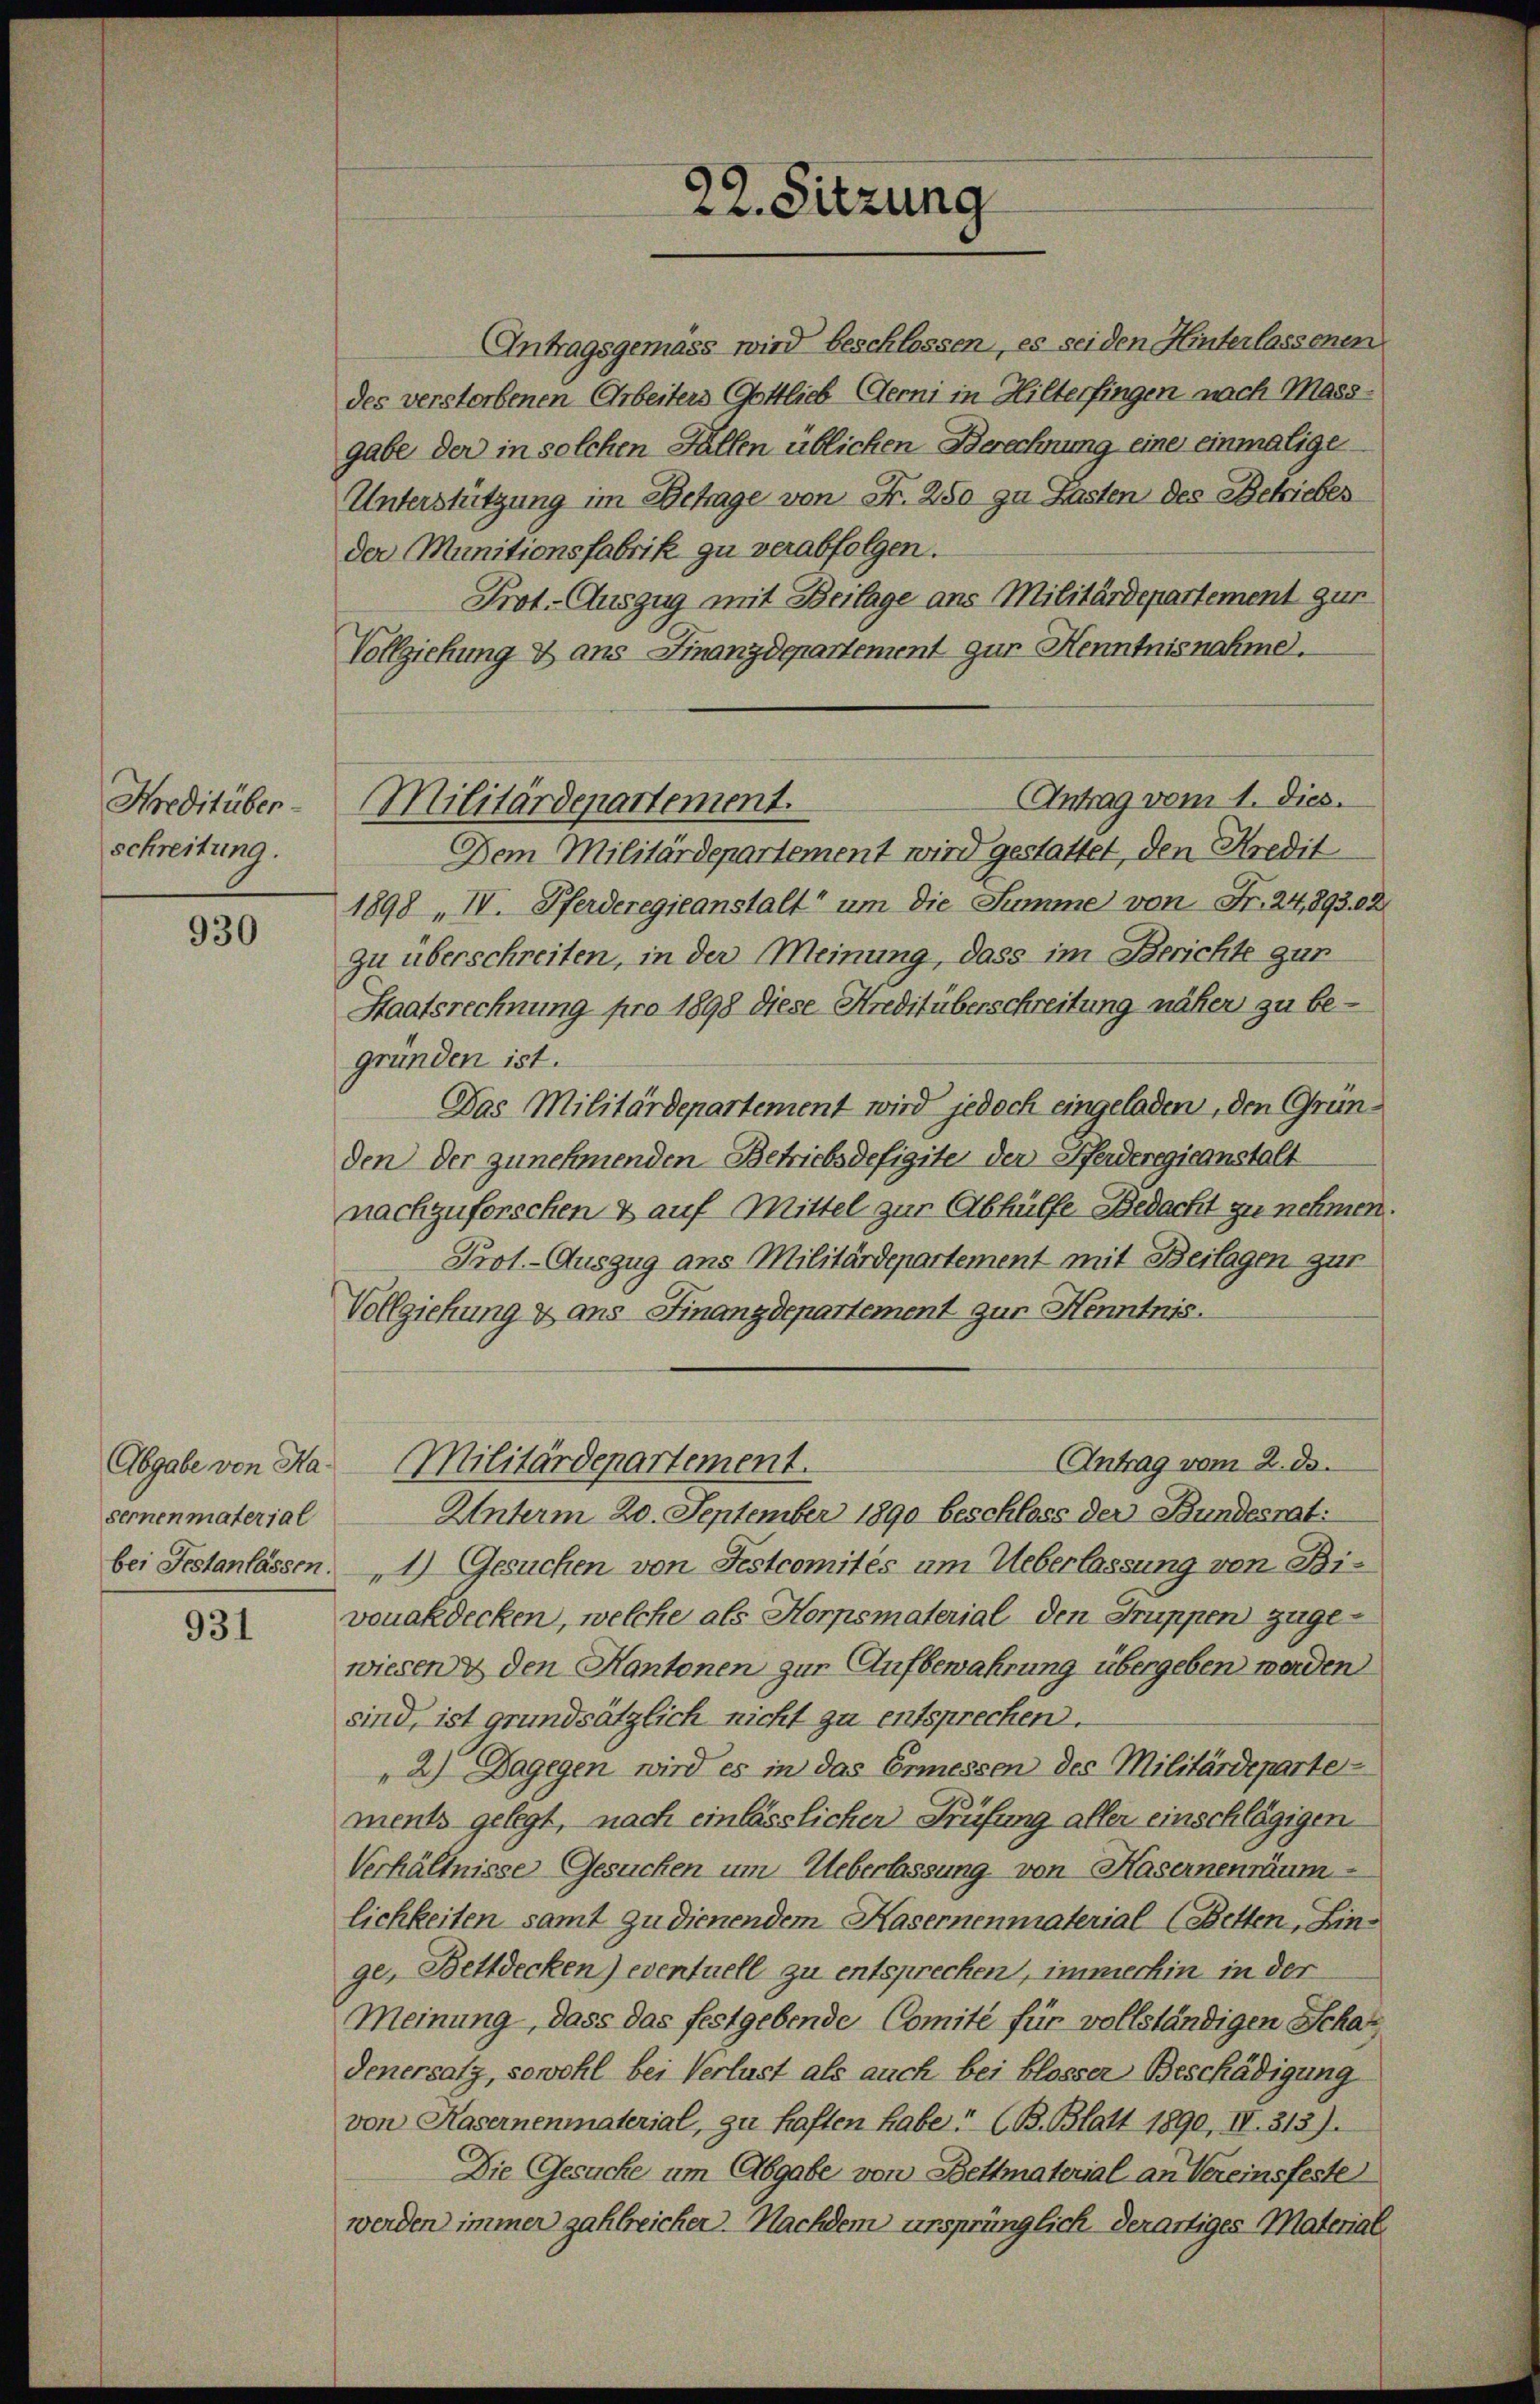
Hreditüber-
schreitung.

930

Abgabe von Hasernenmaterial

931

22. Sitzung

Antragsgemäss wird beschlossen, es sei den Hinterlassenen
des verstorbenen Arbeiters Gottlieb (Gerni in Hilterfingen nach Mass-
gabe der in solchen Fallen üblichen Berechnung eine einmalige
Unterstützung im Betrage von Fr. 250 zu Lasten des Betriebes
der Munitionsfabrik zu verabfolgen.
Prot. Auszug mit Beilage ans Militärdepartement gun
Vollziehung & ans Finanzdepartement zur Kenntnisnahme.
Dem Militärdepartement wird gestattet, den Kredit
1898 „IV. Pferderegieanstalt um die Summe von Fr. 24,893. 2
zu überschreiten, in der Meinung, dass im Berichte gun
Staatsrechnung pro 1898 diese Kreditüberschreitung näher zu begründen ist.
Das Militärdepartement wird jedoch eingeladen, den Gründen der zunehmenden Betriebsdefigite der Pferderegieanstalt
nachzuforschen & auf Mittel zur Abhülfe Bedacht zu nehmen.
Prot. - Auszug ans Militärdepartement mit Beilagen zur
Vollziehung & ans Finanzdepartement zur Henntnis.
Antrag vom 2. ds.
Militärdepartement.
Unterm 20. September 1890 beschloss der Bundesrat:
bei Festanlassen. 1) Gesuchen von Festcomités um Ueberlassung von Bivonakdecken, welche als Horpsmaterial den Gruppen zugewiesen den Kantonen zur Aufbewahrung übergeben werden
sind, ist grundsätzlich nicht zu entsprechen.
2) Dagegen wird es in das Ermessen des Militärdeparte
ments gelegt, nach einlässlicher Prüfung aller einschlägigen
Verhältnisse Gesuchen um Ueberlassung von Hasernenräum
lichkeiten samt zu dienendem Kasernenmaterial (Betten, Linge, Bettdecken) eventuell zu entsprechen, immerhin in der
Meinung, dass das festgebende Comité für vollständigen Schat
denersatz, sowohl bei Verlust als auch bei blosser Beschädigung
von Kasernenmaterial, zu haften habe. (B. Blatt 1890, IV. 313).
Die Gesuche um Abgabe von Bettmaterial an Vereinsfeste
werden immer zahlreicher. Nachdem ursprünglich derartiges Material

Antrag vom 1. Dies.
Militärdepartement.